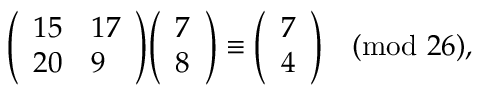
{ \left( \begin{array} { l l } { 1 5 } & { 1 7 } \\ { 2 0 } & { 9 } \end{array} \right) } { \left( \begin{array} { l } { 7 } \\ { 8 } \end{array} \right) } \equiv { \left( \begin{array} { l } { 7 } \\ { 4 } \end{array} \right) } { \pmod { 2 6 } } ,